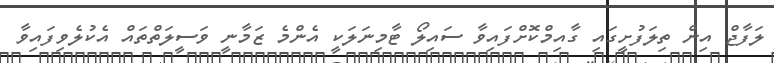
ލަފާޖް އިން ތިލަފުށީގައި ގާއިމްކޮށްފައިވާ ސައިލޯ ޓާމިނަލަކީ އެންމެ ޒަމާނީ ވަސީލަތްތައް އެކުލެވިފައިވާ